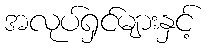
အလုပ်ရှင်များနှင့်